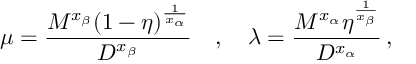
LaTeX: \mu = \frac { M ^ { x _ { \beta } } ( 1 - \eta ) ^ { \frac { 1 } { x _ { \alpha } } } } { D ^ { x _ { \beta } } } \quad , \quad \lambda = \frac { M ^ { x _ { \alpha } } \eta ^ { \frac { 1 } { x _ { \beta } } } } { D ^ { x _ { \alpha } } } \, ,